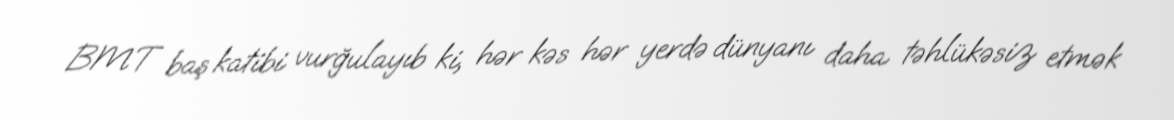
BMT baş katibi vurğulayıb ki, hər kəs hər yerdə dünyanı daha təhlükəsiz etmək